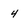
Character: 4